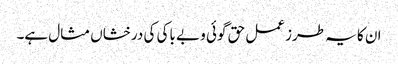
ان کا یہ طرز عمل حق گوئی و بے باکی کی درخشاں مثال ہے۔